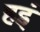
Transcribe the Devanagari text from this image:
हइं